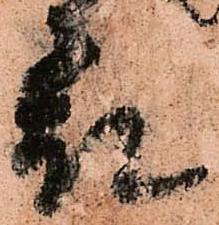
表